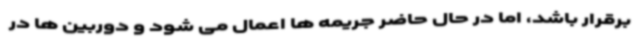
برقرار باشد، اما در حال حاضر جریمه ها اعمال می شود و دوربین ها در